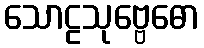
သောဠသုဗ္ဗေဓော